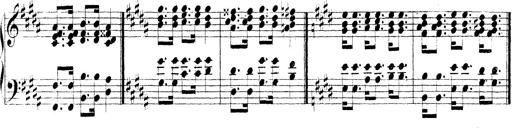
Title: Technische Studien
Composer: Franz Liszt